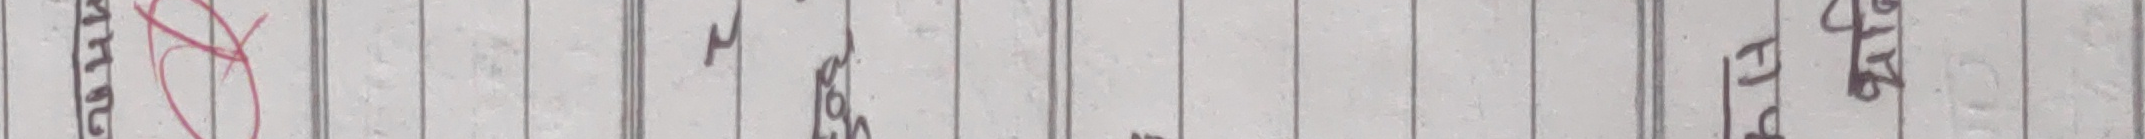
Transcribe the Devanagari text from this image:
मामु गंज FP किरण